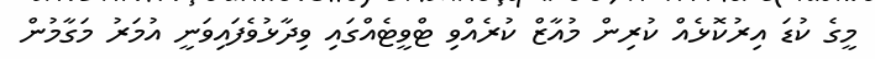
މީގެ ކުޑަ އިރުކޮޅެއް ކުރިން މުއާޒް ކުރެއްވި ޓްވީޓެއްގައި ވިދާޅުވެފައިވަނީ އުމަރު މަގާމުން